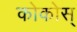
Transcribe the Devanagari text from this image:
कोकोस्